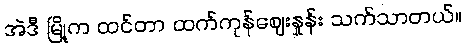
အဲဒီ မြို့က ထင်တာ ထက်ကုန်ဈေးနှုန်း သက်သာတယ်။